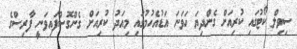
ސިވިލް ކޯޓުގައި ކުރިއަށް ގެންދިޔަ ހަވަނަ އަޑުއެހުމުގައި މިއަދު ކުރިއަށް ގެންގޮސްފައިވަނީ ފާރިސްގެ